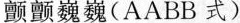
颤颤巍巍(AABB式)